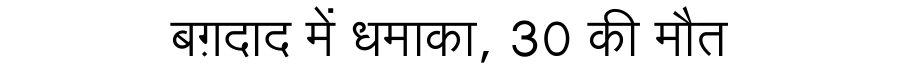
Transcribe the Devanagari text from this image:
बग़दाद में धमाका, 30 की मौत